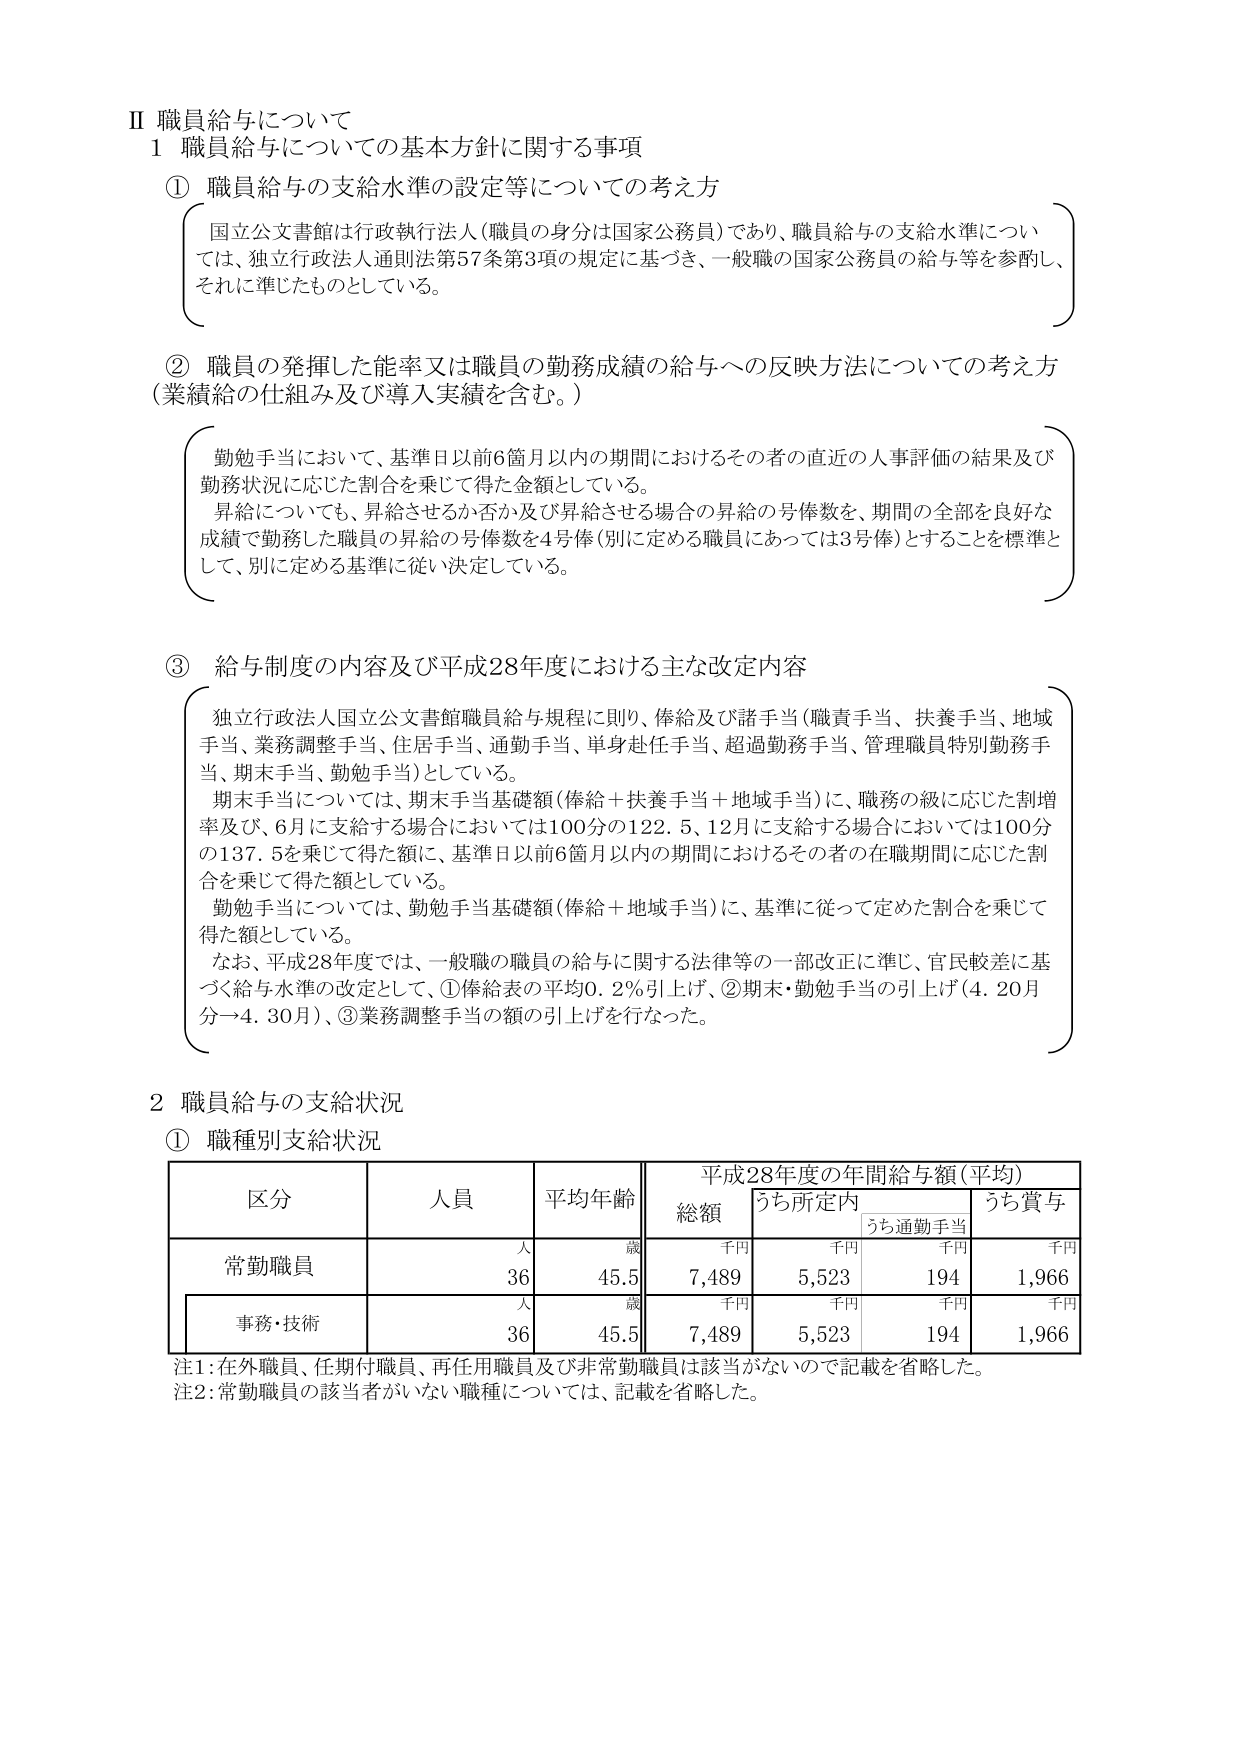
Ⅱ 職員給与について
1 職員給与についての基本方針に関する事項

① 職員給与の支給水準の設定等についての考え方
国立公文書館は行政執行法人（職員の身分は国家公務員）であり、職員給与の支給水準については、独立行政法人通則法第57条第3項の規定に基づき、一般職の国家公務員の給与等を参酌し、それに準じたものとしている。

② 職員の発揮した能率又は職員の勤務成績の給与への反映方法についての考え方（業績給の仕組み及び導入実績を含む。）
勤勉手当において、基準日以前6箇月以内の期間におけるその者の直近の人事評価の結果及び勤務状況に応じた割合を乗じて得た金額としている。
昇給についても、昇給させるか否か及び昇給させる場合の昇給の号俸数を、期間の全部を良好な成績で勤務した職員の昇給の号俸数を4号俸（別に定める職員にあっては3号俸）とすることを標準として、別に定める基準に従い決定している。

③ 給与制度の内容及び平成28年度における主な改定内容
独立行政法人国立公文書館職員給与規程に則り、俸給及び諸手当（職責手当、扶養手当、地域手当、業務調整手当、住居手当、通勤手当、単身赴任手当、超過勤務手当、管理職員特別勤務手当、期末手当、勤勉手当）としている。
期末手当については、期末手当基礎額（俸給＋扶養手当＋地域手当）に、職務の級に応じた割増率及び、6月に支給する場合においては100分の122.5、12月に支給する場合においては100分の137.5を乗じて得た額に、基準日以前6箇月以内の期間におけるその者の在職期間に応じた割合を乗じて得た額としている。
勤勉手当については、勤勉手当基礎額（俸給＋地域手当）に、基準に従って定めた割合を乗じて得た額としている。
なお、平成28年度では、一般職の職員の給与に関する法律等の一部改正に準じ、官民軽差に基づく給与水準の改定として、①俸給表の平均0.2％引上げ、②期末・勤勉手当の引上げ（4.20月分→4.30月）、③業務調整手当の額の引上げを行なった。

2 職員給与の支給状況
① 職種別支給状況

| 区分       | 人員 | 平均年齢 | 平成28年度の年間給与額（平均） |        |        |        |
|------------|------|----------|-------------------------------|--------|--------|--------|
|            |      |          | 総額                          | うち所定内 | うち通勤手当 | うち賞与 |
|            |      |          | 千円                          | 千円   | 千円   | 千円   |
| 常勤職員   | 人   | 歳       | 7,489                         | 5,523  | 194    | 1,966  |
|            | 36   | 45.5     |                               |        |        |        |
| 事務・技術 | 人   | 歳       | 7,489                         | 5,523  | 194    | 1,966  |
|            | 36   | 45.5     |                               |        |        |        |

注1：在外職員、任期付職員、再任用職員及び非常勤職員は該当がないので記載を省略した。
注2：常勤職員の該当者がいない職種については、記載を省略した。